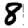
Digit: 8